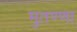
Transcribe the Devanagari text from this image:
मुतण्णा